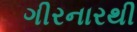
ગીરનારથી